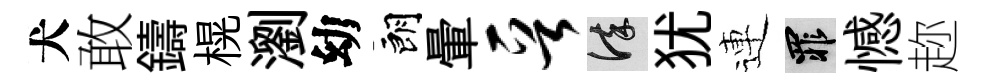
犬敢鑄榥瀏幼朗暈晋謹犹連罪憾趂